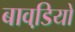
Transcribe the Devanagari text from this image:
बावडि़यों